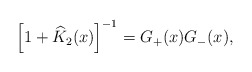
\begin{align*}\left[1+\widehat{K}_2(x)\right]^{-1} = G_+(x) G_-(x),\end{align*}